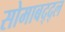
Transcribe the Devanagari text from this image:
सोमाबद्द्ल